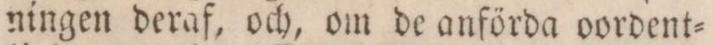
ningen deraf, och, om de anförda oordent=